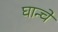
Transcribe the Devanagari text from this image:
घान्चे